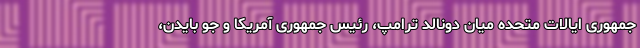
جمهوری ایالات متحده میان دونالد ترامپ، رئیس جمهوری آمریکا و جو بایدن،